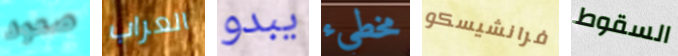
صعود العراب يبدو مخطيء فرانشيسكو السقوط